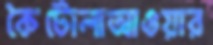
কৈটোলাআওয়ার